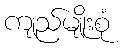
ကျည်မျိုးစုံ